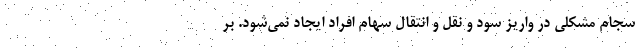
سجام مشکلی در واریز سود و نقل و انتقال سهام افراد ایجاد نمی‌شود. بر